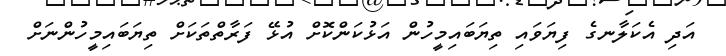
އަދި އެކަލާނގެ ފިޔަވައި ތިޔަބައިމީހުން އަޅުކަންކޮށް އުޅޭ ފަރާތްތަކަށް ތިޔަބައިމީހުންނަށް